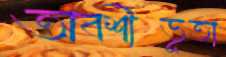
অবশীভূতা